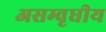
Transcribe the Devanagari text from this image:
असम्वृधीय